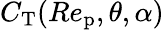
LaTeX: C_{\textup{T}}(Re_{\textup{p}},\theta,\alpha)